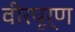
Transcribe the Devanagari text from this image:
वीरपूर्ण